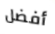
أفضل